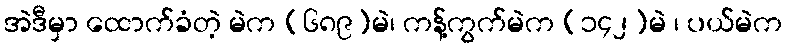
အဲဒီမှာ ထောက်ခံတဲ့ မဲက (၆၈၉)မဲ၊ ကန့်ကွက်မဲက (၁၄၂)မဲ ၊ ပယ်မဲက